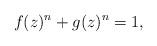
LaTeX: \begin{align*}f(z)^{n}+g(z)^{n}=1,\end{align*}